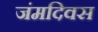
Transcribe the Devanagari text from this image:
जंमदिवस